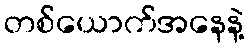
တစ်ယောက်အနေနဲ့